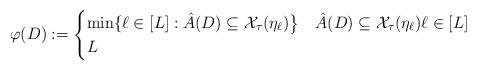
LaTeX: \begin{align*}\varphi(D):=\begin{cases} \min\{ \ell \in [L]:\hat{A}(D) \subseteq \mathcal{X}_\tau(\eta_\ell)\bigr\} & \hat{A}(D) \subseteq \mathcal{X}_\tau(\eta_\ell) \ell \in [L]\\ L &\end{cases} \end{align*}